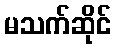
မသက်ဆိုင်